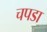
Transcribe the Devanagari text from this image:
चपडा